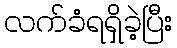
လက်ခံရရှိခဲ့ပြီး